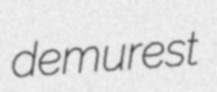
demurest